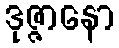
ဒုဇ္ဇာနော